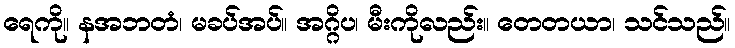
ရေကို။ နအဘတံ၊ မခပ်အပ်။ အဂ္ဂိပ၊ မီးကိုလည်း။ တေတယာ၊ သင်သည်။